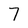
Character: 7